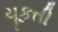
ચૂકતી